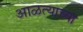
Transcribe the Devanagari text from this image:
आळत्याच्या